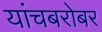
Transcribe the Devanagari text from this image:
यांचबरोबर